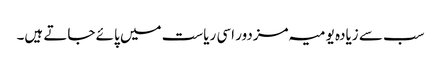
سب سے زیادہ یومیہ مزدور اسی ریاست میں پائے جاتے ہیں۔